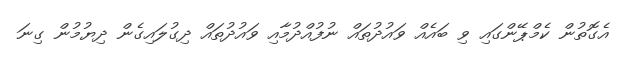
އެގޮތުން ކެމްޕޭންގައި ވި ބައެއް ވައުދުތައް ނުފުއްދުމާއި ވައުދުތައް ދިގުލައިގެން ދިޔުމުން ގިނަ